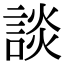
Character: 談